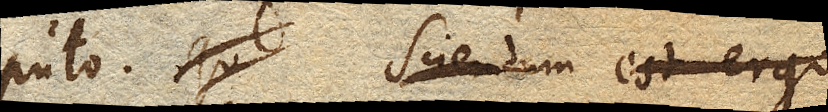
puto. Sciendum est ergo